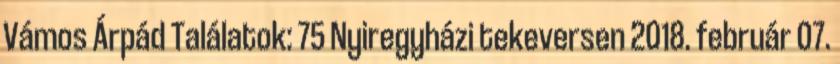
Vámos Árpád Találatok: 75 Nyiregyházi tekeversen 2018. február 07.